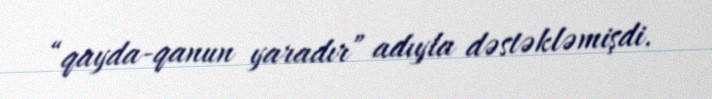
“qayda-qanun yaradır” adıyla dəstəkləmişdi.